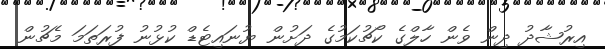
އިރުޝާދު ދިން ވެން ހާލްގެ ކޯޗުކަމުގެ ދަށުން ޔުނައިޓެޑް ކުޅުނު ފުރަތަމަ މެޗުން